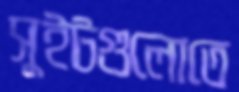
সুইটগুলোতে